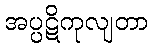
အပ္ပဋိကုလျတာ